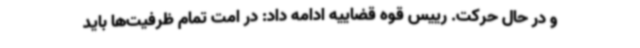
و در حال حرکت. رییس قوه قضاییه ادامه داد: در امت تمام ظرفیت‌ها باید